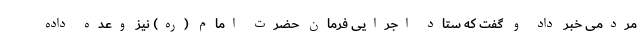
مردمی خبر داد و گفت که ستاد اجرایی فرمان حضرت امام (ره) نیز وعده داده